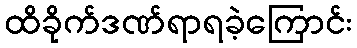
ထိခိုက်ဒဏ်ရာရခဲ့ကြောင်း